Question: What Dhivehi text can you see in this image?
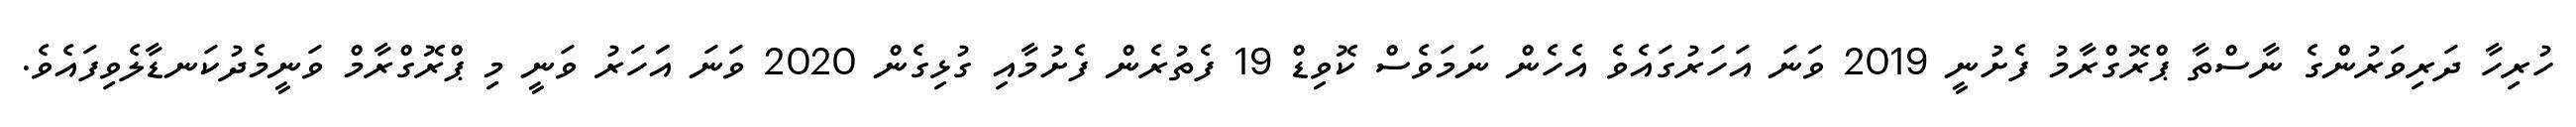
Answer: ހުރިހާ ދަރިވަރުންގެ ނާސްތާ ޕްރޮގްރާމު ފެށުނީ 2019 ވަނަ އަހަރުގައެވެ އެހެން ނަމަވެސް ކޮވިޑް 19 ފެތުރެން ފެށުމާއި ގުޅިގެން 2020 ވަނަ އަަހަރު ވަނީ މި ޕްރޮގްރާމް ވަނީމެދުކަނޑާލެވިފައެވެ.